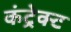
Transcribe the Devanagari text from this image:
कंट्रेक्ट